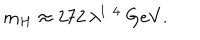
m _ { H } \approx 2 7 2 \, \lambda ^ { 1 / 4 } \ \mathrm { G e V } .